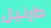
دارنيل